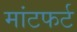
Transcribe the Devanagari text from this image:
मांटफर्ट